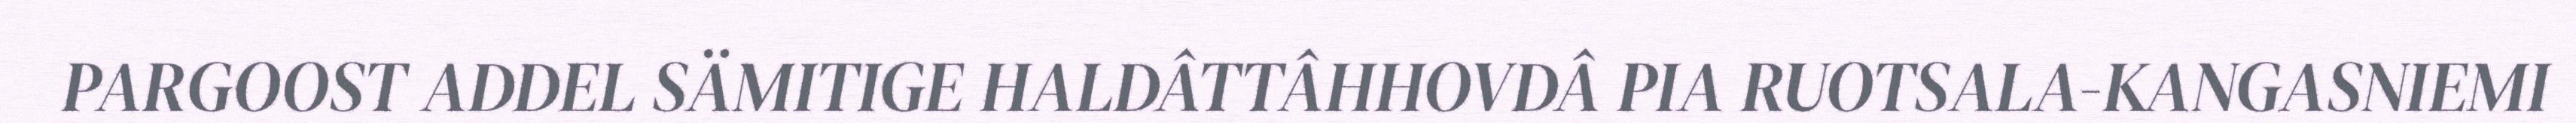
PARGOOST ADDEL SÄMITIGE HALDÂTTÂHHOVDÂ PIA RUOTSALA-KANGASNIEMI